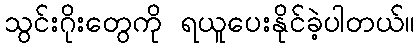
သွင်းဂိုးတွေကို ရယူပေးနိုင်ခဲ့ပါတယ်။